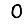
Digit: 0